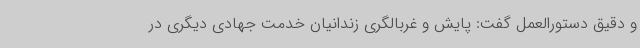
و دقیق دستورالعمل گفت: پایش و غربالگری زندانیان خدمت جهادی دیگری در